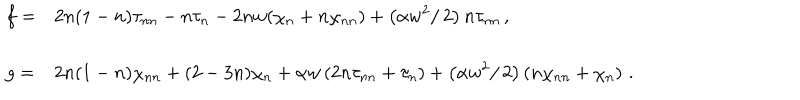
LaTeX: \begin{array} { l l } { { \displaystyle { f = } } } & { { \displaystyle { 2 n ( 1 - n ) \tau _ { n n } - n \tau _ { n } - 2 n w ( \chi _ { n } + n \chi _ { n n } ) + \left( \alpha w ^ { 2 } / \, 2 \right) n \tau _ { n n } \, , } } } \\ { { \mathrm { } } } \\ { { \displaystyle { g = } } } & { { \displaystyle { 2 n ( 1 - n ) \chi _ { n n } + ( 2 - 3 n ) \chi _ { n } + \alpha w \left( 2 n \tau _ { n n } + \tau _ { n } \right) + \left( \alpha w ^ { 2 } / \, 2 \right) \left( n \chi _ { n n } + \chi _ { n } \right) \, . } } } \\ \end{array}